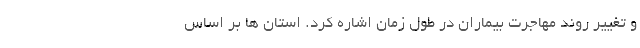
و تغییر روند مهاجرت بیماران در طول زمان اشاره کرد. استان ها بر اساس